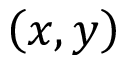
\left( x , y \right)